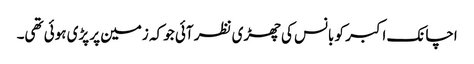
اچانک اکبر کو بانس کی چھڑی نظر آئی جو کہ زمین پر پڑی ہوئی تھی۔